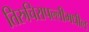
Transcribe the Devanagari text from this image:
तिरुचिरापल्लीमधील